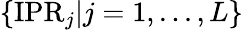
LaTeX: \{ \mathrm{IPR}_{j}|j=1,...,L\}